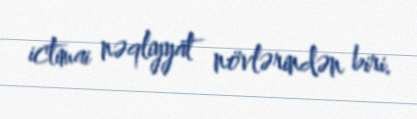
ictimai nəqliyyat növlərindən biri.